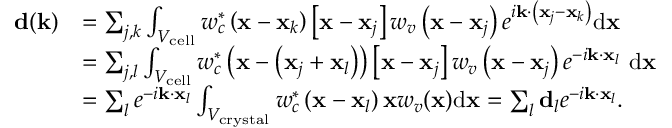
\begin{array} { r l } { \mathbf { d } ( \mathbf { k } ) } & { = \sum _ { j , k } \int _ { V _ { \mathrm { c e l l } } } w _ { c } ^ { * } \left( \mathbf { x } - \mathbf { x } _ { k } \right) \left[ \mathbf { x } - \mathbf { x } _ { j } \right] w _ { v } \left( \mathbf { x } - \mathbf { x } _ { j } \right) e ^ { i \mathbf { k } \cdot \left( \mathbf { x } _ { j } - \mathbf { x } _ { k } \right) } \mathrm { d } \mathbf { x } } \\ & { = \sum _ { j , l } \int _ { V _ { \mathrm { c e l l } } } w _ { c } ^ { * } \left( \mathbf { x } - \left( \mathbf { x } _ { j } + \mathbf { x } _ { l } \right) \right) \left[ \mathbf { x } - \mathbf { x } _ { j } \right] w _ { v } \left( \mathbf { x } - \mathbf { x } _ { j } \right) e ^ { - i \mathbf { k } \cdot \mathbf { x } _ { l } } \mathrm { ~ d } \mathbf { x } } \\ & { = \sum _ { l } e ^ { - i \mathbf { k } \cdot \mathbf { x } _ { l } } \int _ { V _ { \mathrm { c r y s t a l } } } w _ { c } ^ { * } \left( \mathbf { x } - \mathbf { x } _ { l } \right) \mathbf { x } w _ { v } ( \mathbf { x } ) \mathrm { d } \mathbf { x } = \sum _ { l } \mathbf { d } _ { l } e ^ { - i \mathbf { k } \cdot \mathbf { x } _ { l } } . } \end{array}